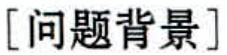
[问题背景]